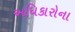
અધિકારોના